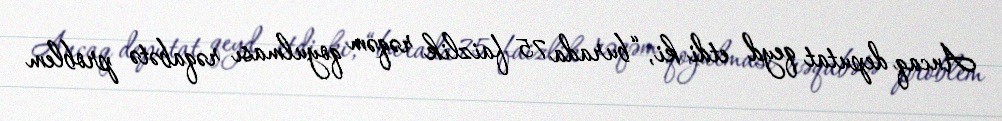
Ancaq deputat qeyd etdi ki, “burada 75 faizlik rəqəm qoyulması rəqabətə problem